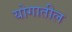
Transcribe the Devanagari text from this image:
योगातील